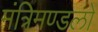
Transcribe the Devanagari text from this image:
मंत्रिमण्डलों